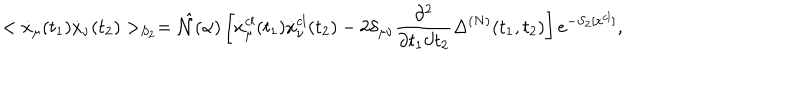
LaTeX: < \dot { x } _ { \mu } ( t _ { 1 } ) \dot { x } _ { \nu } ( t _ { 2 } ) > _ { S _ { 2 } } = \hat { { \cal N } } ( \alpha ) \left[ \dot { x } _ { \mu } ^ { c l } ( t _ { 1 } ) \dot { x } _ { \nu } ^ { c l } ( t _ { 2 } ) - 2 \delta _ { \mu \nu } \frac { \partial ^ { 2 } } { \partial t _ { 1 } \partial t _ { 2 } } \Delta ^ { ( N ) } ( t _ { 1 } , t _ { 2 } ) \right] e ^ { - S _ { 2 } [ x ^ { c l } ] } ,